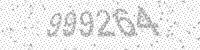
Solution: 999264